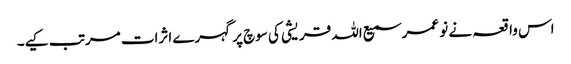
اس واقعہ نے نو عمر سمیع اللہ قریشی کی سوچ پر گہرے اثرات مرتب کیے۔